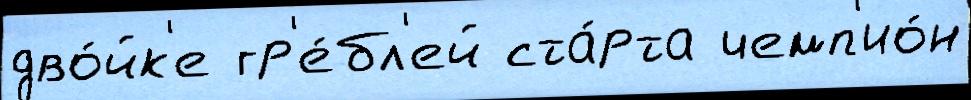
дво́йк'е гр'е́бл'ей ста́рта чемп'ио́н